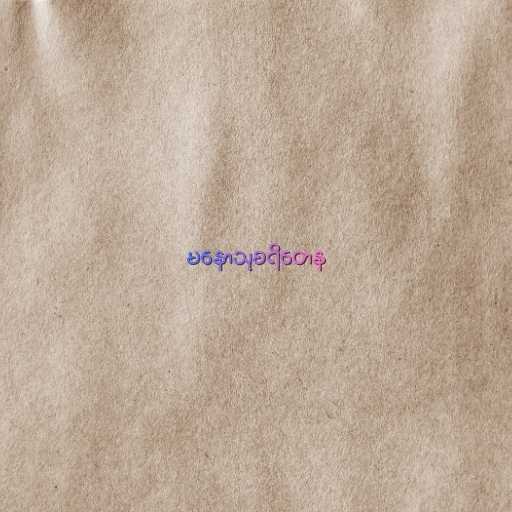
မနောသုစရိတေန